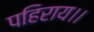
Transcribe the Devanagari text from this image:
पहिराय।।